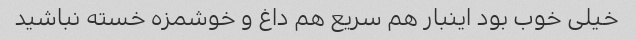
خیلی خوب بود اینبار هم سریع هم داغ و خوشمزه خسته نباشید